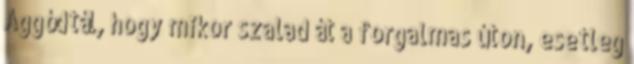
Aggódtál, hogy mikor szalad át a forgalmas úton, esetleg